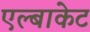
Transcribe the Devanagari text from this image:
एल्बाकेट